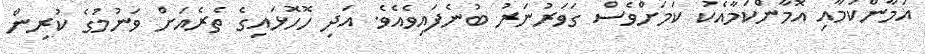
އަމާންކަމާއި އޮމާންކަމާއެކު ކަމަށްވެސް ގަވަރުނަރު ބުނެފައިވެއެވެ. އަދި ހޮހޮޅައިގެ ތެރެއަށް ވަނުމުގެ ކުރިން